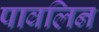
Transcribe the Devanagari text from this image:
पावलिन